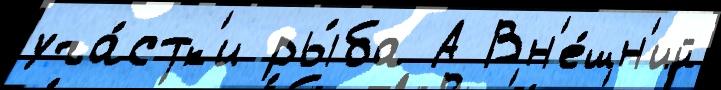
уча́стк'и ры́ба А Вн'е́шн'ий